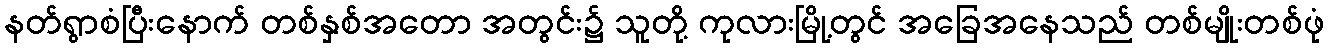
နတ်ရွာစံပြီးနောက် တစ်နှစ်အတော အတွင်း၌ သူတို့ ကုလားမြို့တွင် အခြေအနေသည် တစ်မျိုးတစ်ဖုံ